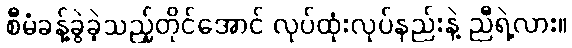
စီမံခန့်ခွဲခဲ့သည့်တိုင်အောင် လုပ်ထုံးလုပ်နည်းနဲ့ ညီရဲ့လား။